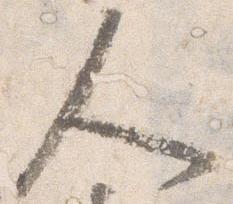
人